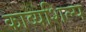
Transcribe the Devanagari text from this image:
काव्यशिल्प